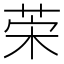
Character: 𦯕